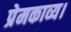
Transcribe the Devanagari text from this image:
प्रेमकाव्य।